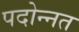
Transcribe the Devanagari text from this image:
पदोन्‍नत